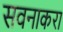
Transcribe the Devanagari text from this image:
सवनाकरा